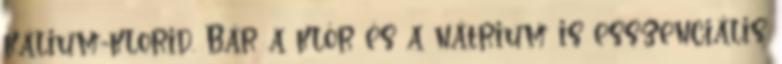
kálium-klorid. Bár a klór és a nátrium is esszenciális